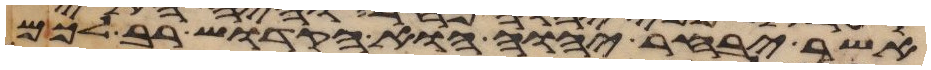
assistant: אשר יבחר יהוה הוא הקדוש רב לכם